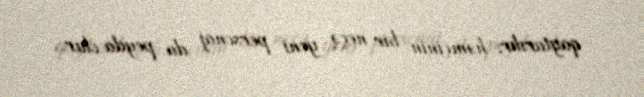
qaytarılır, həmçinin bir neçə yeni personaj da peyda olur.